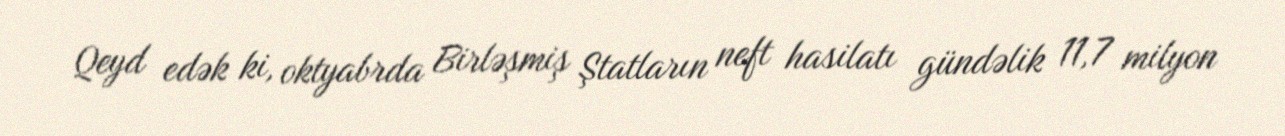
Qeyd edək ki, oktyabrda Birləşmiş Ştatların neft hasilatı gündəlik 11,7 milyon